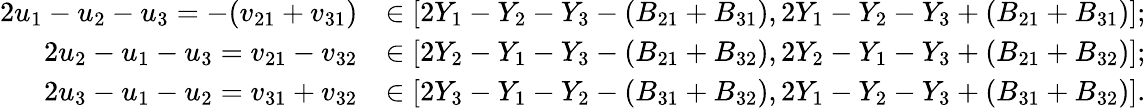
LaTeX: \begin{array}{rl}{2u_{1}-u_{2}-u_{3}=-(v_{21}+v_{31})}&{\in[2Y_{1}-Y_{2}-Y_{3}-(B_{21}+B_{31}),2Y_{1}-Y_{2}-Y_{3}+(B_{21}+B_{31})];}\\ {2u_{2}-u_{1}-u_{3}=v_{21}-v_{32}}&{\in[2Y_{2}-Y_{1}-Y_{3}-(B_{21}+B_{32}),2Y_{2}-Y_{1}-Y_{3}+(B_{21}+B_{32})];}\\ {2u_{3}-u_{1}-u_{2}=v_{31}+v_{32}}&{\in[2Y_{3}-Y_{1}-Y_{2}-(B_{31}+B_{32}),2Y_{1}-Y_{2}-Y_{3}+(B_{31}+B_{32})].}\end{array}